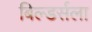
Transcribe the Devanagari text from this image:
बिल्डर्सला